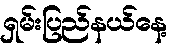
ရှမ်းပြည်နယ်နေ့